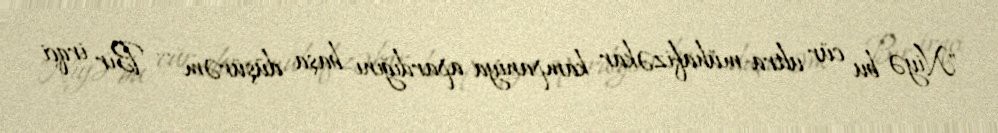
"Niyə bu cür ultra-mühafizəkar kampaniya apardığını başa düşürəm … Bir irqçi